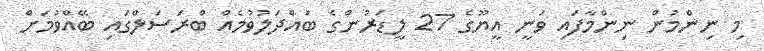
މި ނިންމުން ނިންމާފައި ވަނީ އީޔޫގެ 27 ލީޑަރުންގެ ބައްދަލުވުމެއް ބްރަސަލްގައި ބޭއްވުމަށް